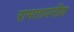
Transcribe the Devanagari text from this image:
रामतापनीय